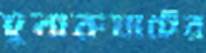
চুনারুঘাটের